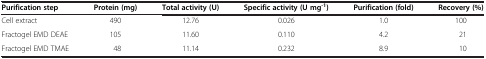
| Purification step | Protein (mg) | Total activity (U) | Specific activity (U mg-1) | Purification (fold) | Recovery (%) |
 | --- | --- | --- | --- | --- | --- |
 | Cell extract | 490 | 12.76 | 0.026 | 1.0 | 100 |
 | Fractogel EMD DEAE | 105 | 11.60 | 0.110 | 4.2 | 21 |
 | Fractogel EMD TMAE | 48 | 11.14 | 0.232 | 8.9 | 10 |